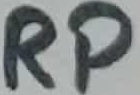
Text: RP